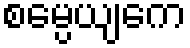
စမ္ပေယျကေ